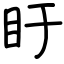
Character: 盱